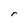
Character: r